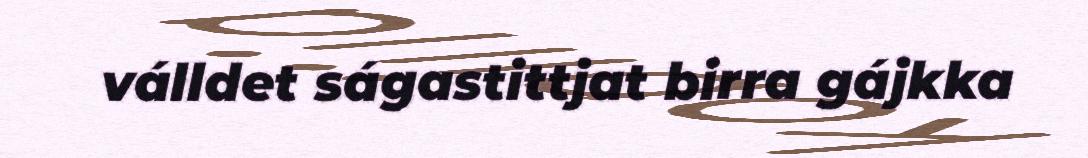
válldet ságastittjat birra gájkka